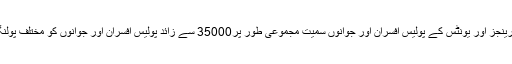
رپورٹ کے مطابق ایس ایس یو اور آر آر ایف کے پولیس کمانڈوز کے علاوہ دیگر پولیس رینجز اور یونٹس کے پولیس افسران اور جوانوں سمیت مجموعی طور پر35000 سے زائد پولیس افسران اور جوانوں کو مختلف پولنگ اسٹیشنوں سمیت شہر کے دیگر علاقوں میں سیکیورٹی فرائض پر تعینات کیا جارہا ہے ۔